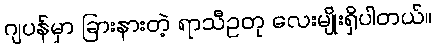
ဂျပန်မှာ ခြားနားတဲ့ ရာသီဥတု လေးမျိုးရှိပါတယ်။